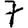
Digit: 7